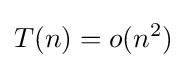
T(n)=o(n^{2})